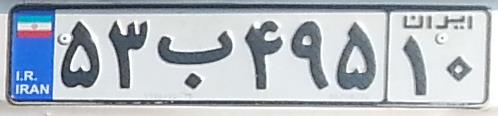
۵۳ب۴۹۵۱۰